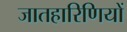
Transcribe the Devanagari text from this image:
जातहारिणियों